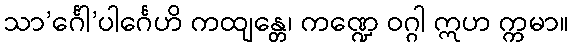
သာ’င်္ဂေါ’ပါင်္ဂေဟိ ကထျန္တေ၊ ကဏ္ဍေ ဝဂ္ဂါ ဣဟ က္ကမာ။